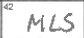
Transcription: MLS